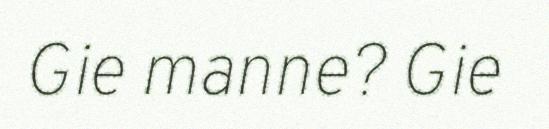
Gie manne? Gie